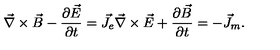
\vec { \nabla } \times \vec { B } - { \frac { \partial \vec { E } } { \partial t } } = \vec { J } _ { e } \vec { \nabla } \times \vec { E } + { \frac { \partial \vec { B } } { \partial t } } = - \vec { J } _ { m } .